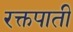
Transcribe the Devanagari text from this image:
रक्तपाती